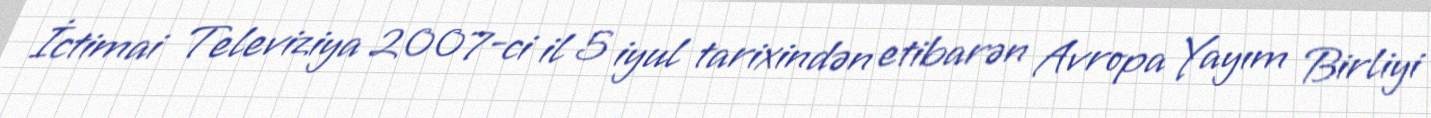
İctimai Televiziya 2007-ci il 5 iyul tarixindən etibarən Avropa Yayım Birliyi